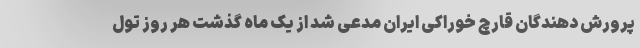
پرورش دهندگان قارچ خوراکی ایران مدعی شد از یک ماه گذشت هر روز تول